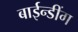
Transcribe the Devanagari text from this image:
बाईन्डींग